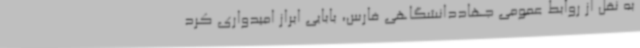
به نقل از روابط عمومی جهاددانشگاهی فارس، بابایی ابراز امیدواری کرد